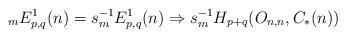
LaTeX: \begin{align*}{}_{m}E^{1}_{p,q}(n) = s_{m}^{-1}E^{1}_{p,q}(n) \Rightarrow s_{m}^{-1}H_{p+q}(O_{n,n}, C_{*}(n)) \end{align*}